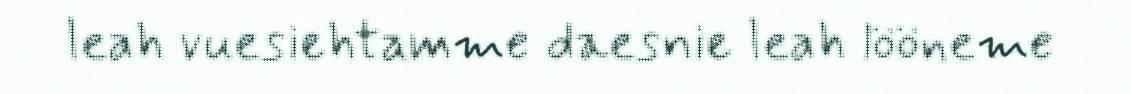
leah vuesiehtamme daesnie leah lööneme